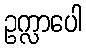
ဥက္လာပေါ